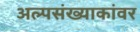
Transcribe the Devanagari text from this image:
अल्पसंख्याकांवर